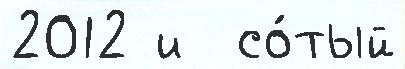
2012 и  со́тый